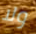
ولا